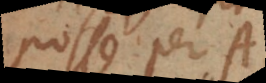
posse per [